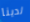
لدينا